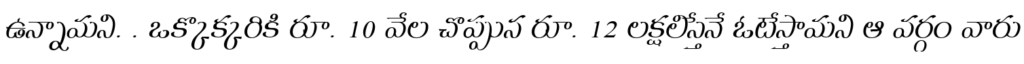
ఉన్నామని. . ఒక్కొక్కరికి రూ. 10 వేల చొప్పున రూ. 12 లక్షలిస్తేనే ఓటేస్తామని ఆ వర్గం వారు